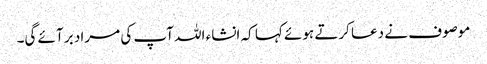
موصوف نے دعا کرتے ہوئے کہا کہ انشاء اللہ آپ کی مراد بر آئے گی۔